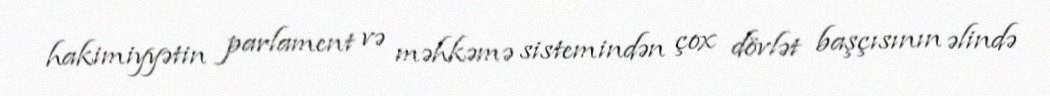
hakimiyyətin parlament və məhkəmə sistemindən çox dövlət başçısının əlində